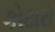
કોટારો